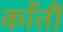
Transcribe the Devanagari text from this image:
काँती